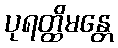
ပုရတ္ထိမန္တေ